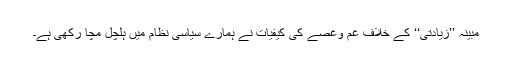
مبینہ ’’زیادتی‘‘ کے خلاف غم وغصے کی کیفیات نے ہمارے سیاسی نظام میں ہلچل مچا رکھی ہے۔